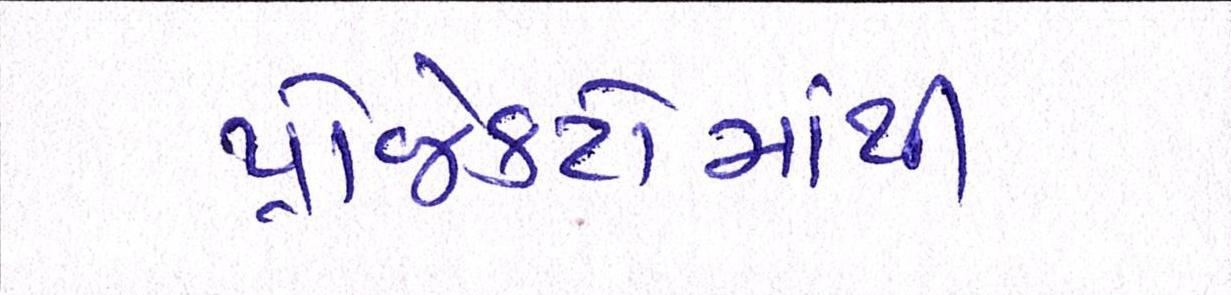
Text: પ્રોજેક્ટોમાંથી